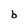
Character: b